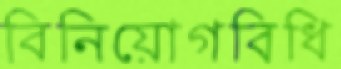
বিনিয়োগবিধি